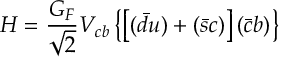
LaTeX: H = { \frac { G _ { F } } { \sqrt 2 } } V _ { c b } \left\{ \left[ ( \bar { d } u ) + ( \bar { s } c ) \right] ( \bar { c } b ) \right\}